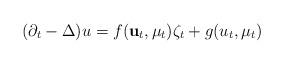
LaTeX: \begin{align*} (\partial_t - \Delta) u = f({\bf u}_t,\mu_t)\zeta_t + g(u_t,\mu_t)\end{align*}